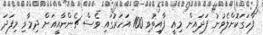
ފާހަގަކޮށްލެވުނު ފަދައިން މިއީ ފާއިތުވި 100 އަހަރުގައި ވެސް ޗެންނާއީއަށް ދިމާވި މިފަދަ